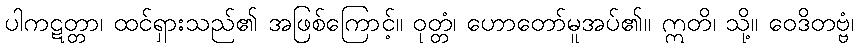
ပါကဋတ္တာ၊ ထင်ရှားသည်၏ အဖြစ်ကြောင့်။ ဝုတ္တံ၊ ဟောတော်မူအပ်၏။ ဣတိ၊ သို့။ ဝေဒိတဗ္ဗံ၊